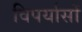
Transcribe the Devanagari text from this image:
विपर्यासों